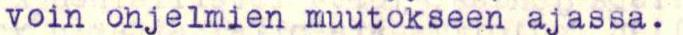
voin ohjelmien muutokseen ajassa.